Leprosy in India: report of the Leprosy Commission in India, 1890-91
Year: 1890
Disease focus: Leprosy
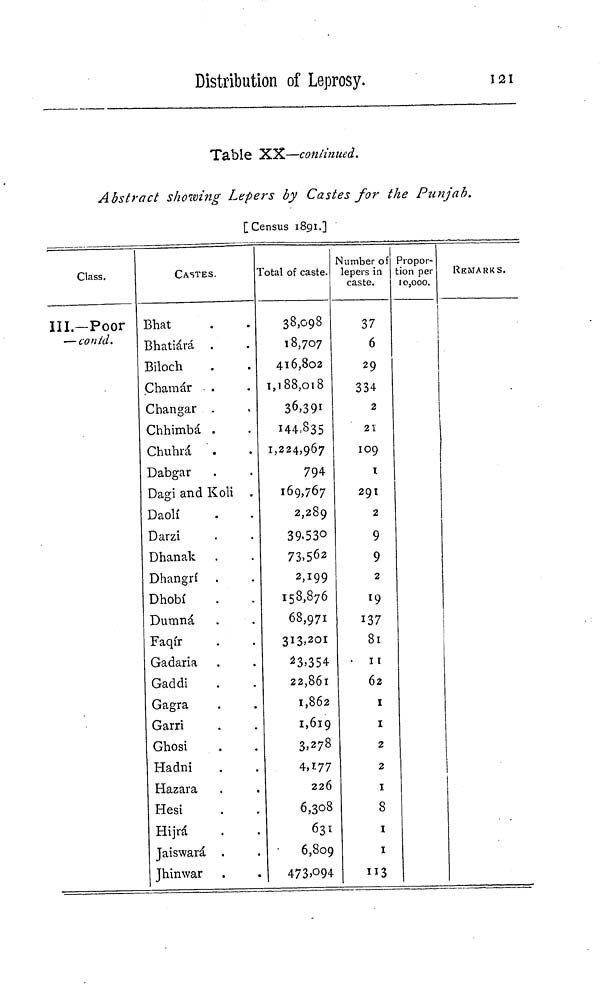
Distribution of Leprosy.
121
Table XX—continued.
Abstract showing Lepers by Castes for the Punjab.
[Census 1891.]
Class.
III.-Poor
— contd.
CASTES.
Bhat
Bhatiárá
Biloch
Chamár
Changar .
Chhimbá
Chuhrá
Dabgar
Dagi and Koli .
Daoli
Darzi
Dhanak
Dhangri
Dhobi
Dumná
Faqir
Gadaria
Gaddi
Gagra
Garri
Ghosi
Hadni
Hazara
Hesi
Hijrá
Jaiswará
Jhinwar
Total of caste.
38,098
18,707
416,802
I,l88,Ol8
36,391
144·835
1,224,967
794
169,767
2,289
39,530
73,562
2,199
158,876
68,971
313,201
23,354
22,861
1,862
1,619
3,278
4,177
226
6,308
631
•
6,809
473,094
Number of
lepers in
caste.
37
6
29
334
2
21
109
1
291
2
9
9
2
19
137
81
11
62
1
1
2
2
1
8
1
1
113
Propor-
tion per
10,000.
REMARKS.